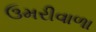
ઉમરીવાળા